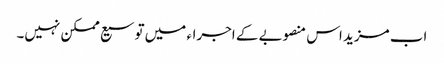
اب مزید اس منصوبے کے اجراء میں توسیع ممکن نہیں۔